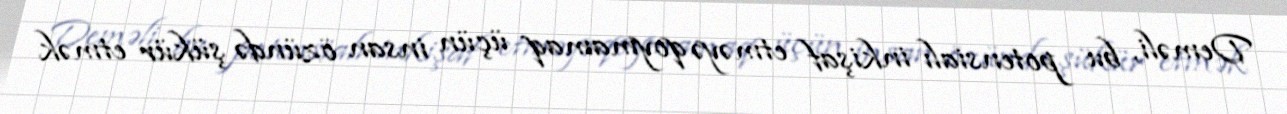
Deməli, bu potensialı inkişaf etməyə qoymamaq üçün insan özündə şükür etmək